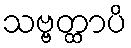
သဗ္ဗတ္ထာပိ